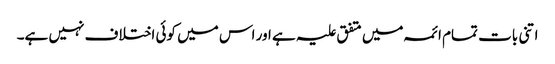
اتنی بات تمام ائمہ میں متفق علیہ ہے اور اس میں کوئی اختلاف نہیں ہے۔